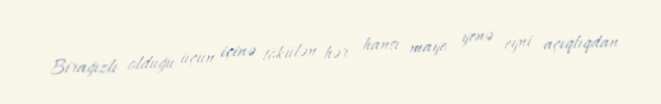
Birağızlı olduğu üçün içinə tökülən hər hansı maye yenə eyni açıqlıqdan